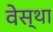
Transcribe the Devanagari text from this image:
वेस्था